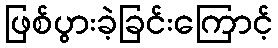
ဖြစ်ပွားခဲ့ခြင်းကြောင့်